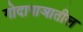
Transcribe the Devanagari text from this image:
गोदापाञातील